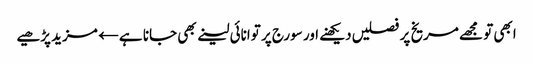
ابھی تو مجھے مریخ پر فصلیں دیکھنے اور سورج پر توانائی لینے بھی جانا ہے← مزید پڑھیے